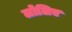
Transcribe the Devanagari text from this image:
लोलिए